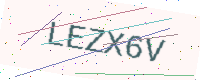
Text: LEZX6V